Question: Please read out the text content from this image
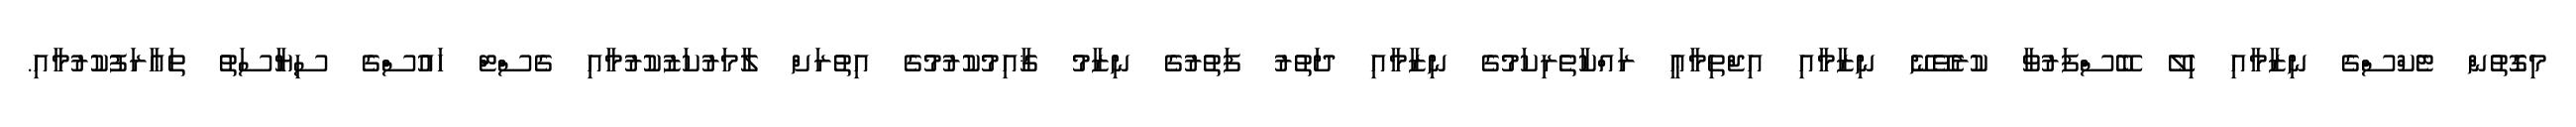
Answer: މިގޮތުން ޓެކްސްގެ ނިޒާމާއި ހިލޭ ބޭސްފަރުވާ ކުރެވޭނޭ ނިޒާމާއި އިޖްތިމާޢީ ރައްކާތެރިކަމުގެ ނިޒާމާއި ދަތުރު ފަތުރުގެ ނިޒާމު ޤާއިމުކުރުމުގެ އިތުރަށް ލާމަރުކަޒުކުރުމާއި ގެސްޓް ހައުސްގެ ސިޔާސަތު ތަޢާރަފުކުރުމާއި.